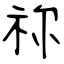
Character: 祢